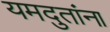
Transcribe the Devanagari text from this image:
यमदुतांना